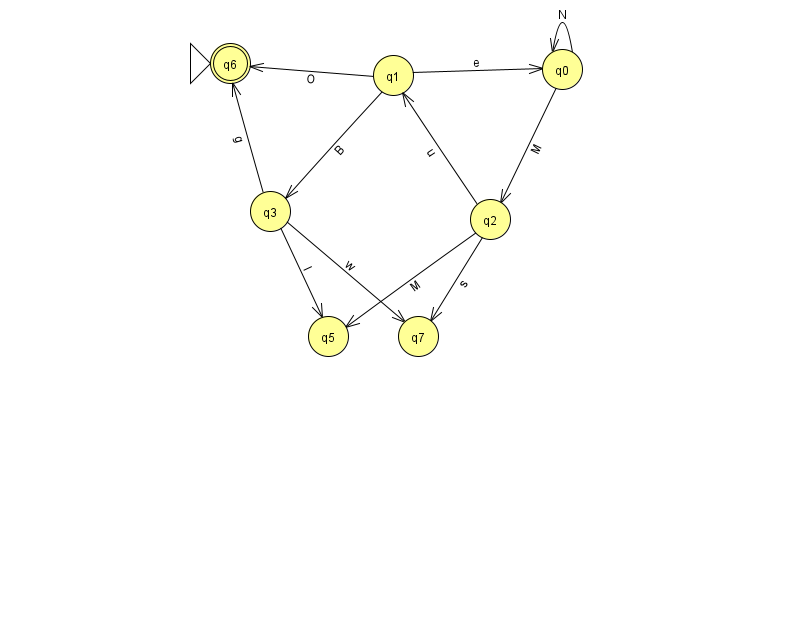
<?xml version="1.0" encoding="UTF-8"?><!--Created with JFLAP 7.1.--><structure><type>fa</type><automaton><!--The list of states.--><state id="0" name="q0"><x>562.0</x><y>56.0</y></state><state id="1" name="q1"><x>393.0</x><y>62.0</y></state><state id="2" name="q2"><x>490.0</x><y>206.0</y></state><state id="3" name="q3"><x>270.0</x><y>198.0</y></state><state id="5" name="q5"><x>328.0</x><y>323.0</y></state><state id="6" name="q6"><x>230.0</x><y>50.0</y><initial/><final/></state><state id="7" name="q7"><x>418.0</x><y>323.0</y></state><!--The list of transitions.--><transition><from>1</from><to>0</to><read>e</read></transition><transition><from>2</from><to>1</to><read>u</read></transition><transition><from>3</from><to>6</to><read>g</read></transition><transition><from>1</from><to>3</to><read>B</read></transition><transition><from>2</from><to>7</to><read>s</read></transition><transition><from>1</from><to>6</to><read>O</read></transition><transition><from>3</from><to>5</to><read>l</read></transition><transition><from>0</from><to>2</to><read>M</read></transition><transition><from>3</from><to>7</to><read>w</read></transition><transition><from>0</from><to>0</to><read>N</read></transition><transition><from>2</from><to>5</to><read>M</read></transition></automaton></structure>